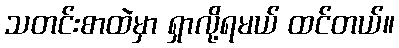
သတင်းစာထဲမှာ ရှာလို့ရမယ် ထင်တယ်။